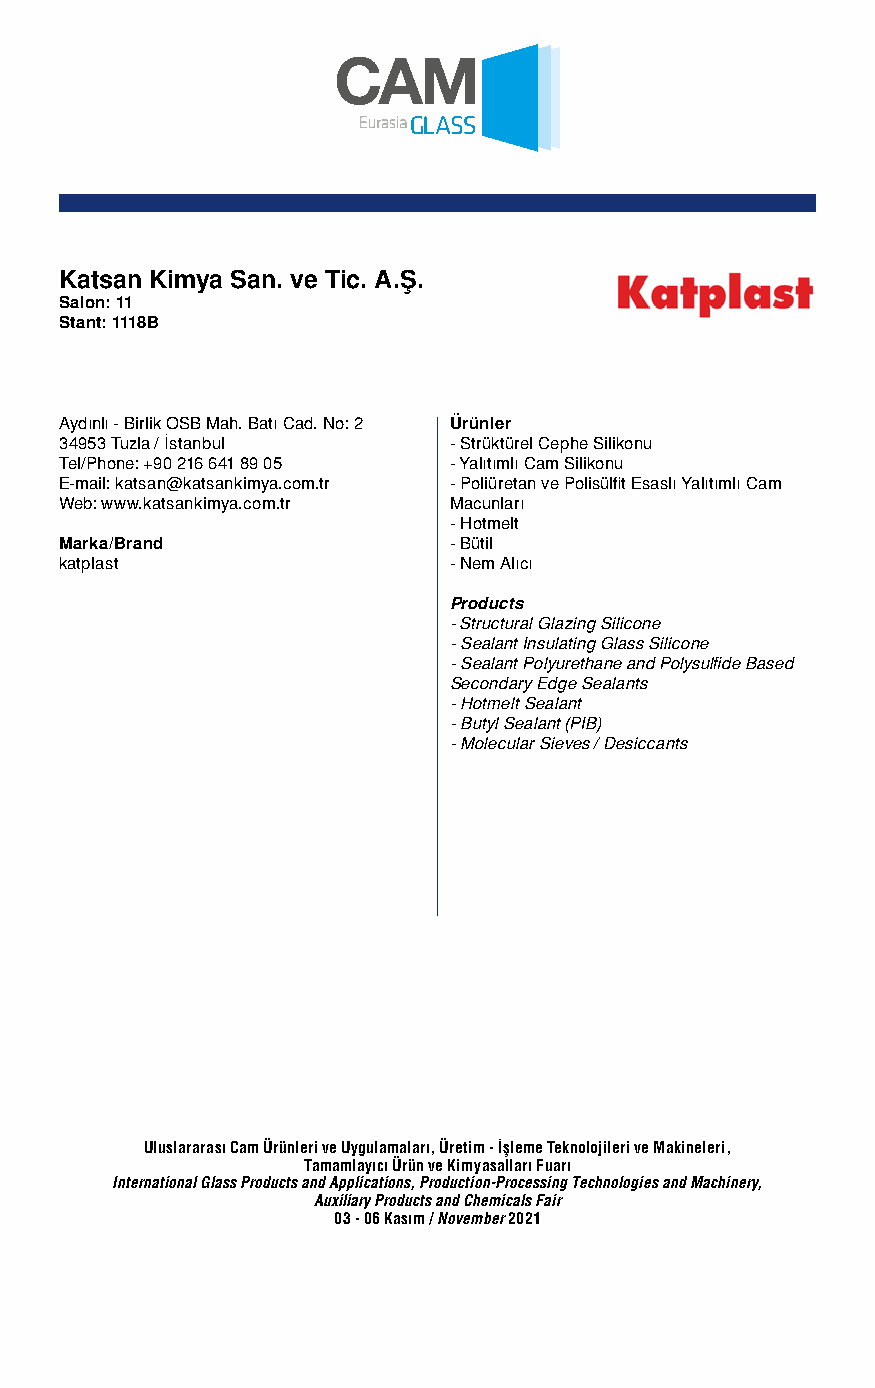
Katsan Kimya San. ve Tic. A.Ş.
 Salon: 11
 Stant: 1118B
 Aydınlı - Birlik OSB Mah. Batı Cad. No: 2 Ürünler
 34953 Tuzla / İstanbul    - Strüktürel Cephe Silikonu
 Tel/Phone: +90 216 641 89 05 - Yalıtımlı Cam Silikonu
 E-mail: katsan@katsankimya.com.tr - Poliüretan ve Polisülfit Esaslı Yalıtımlı Cam
 Web: www.katsankimya.com.tr Macunları
 - Hotmelt
 Marka/Brand               - Bütil
 katplast                  - Nem Alıcı
 Products
 - Structural Glazing Silicone
 - Sealant Insulating Glass Silicone
 - Sealant Polyurethane and Polysulfide Based
 Secondary Edge Sealants
 - Hotmelt Sealant
 - Butyl Sealant (PIB)
 - Molecular Sieves / Desiccants
 Uluslararası Cam Ürünleri ve Uygulamaları, Üretim - İşleme Teknolojileri ve Makineleri,
 Tamamlayıcı Ürün ve Kimyasalları Fuarı
 International Glass Products and Applications, Production-Processing Technologies and Machinery,
 Auxiliary Products and Chemicals Fair
 03 - 06 Kasım / November 2021